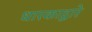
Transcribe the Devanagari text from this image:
धारकाद्वारे